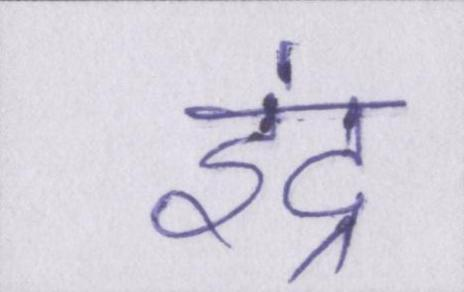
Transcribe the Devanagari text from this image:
इंद्र